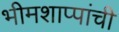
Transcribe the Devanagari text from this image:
भीमशाप्पांची